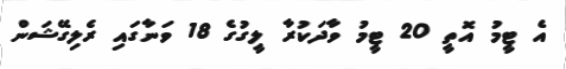
އެ ޓީމު އޮތީ 20 ޓީމު ވާދަކުރާ ލީގުގެ 18 ވަނާގައި ރެލިގޭޝަން